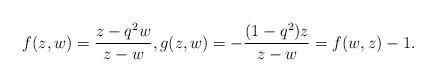
LaTeX: \begin{align*}f(z, w)=\frac{z-q^2 w}{z-w}, g(z, w)=-\frac{(1-q^{2})z}{z-w}=f(w, z)-1. \end{align*}